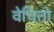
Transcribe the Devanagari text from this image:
वेचितो